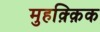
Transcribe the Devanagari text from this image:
मुहक़्क़िक